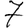
Digit: 7